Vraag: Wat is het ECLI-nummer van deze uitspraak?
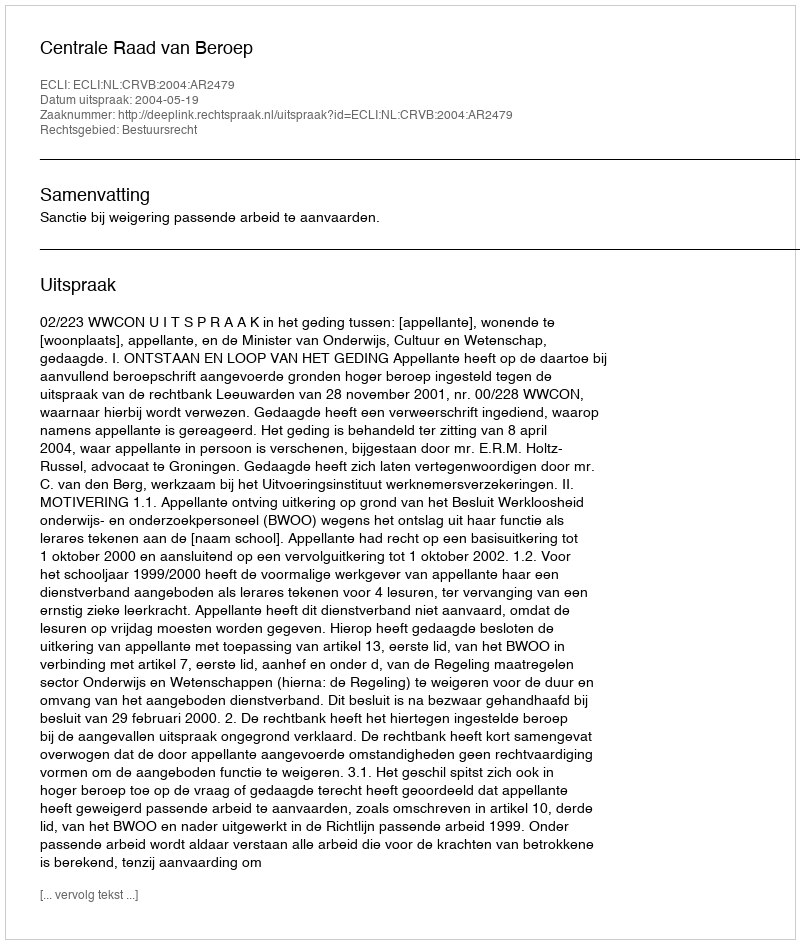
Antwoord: ECLI:NL:CRVB:2004:AR2479